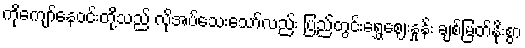
ကိုကျော်နေဝင်းတို့သည် လိုအပ်သေးသော်လည်း ပြည်တွင်းရွှေဈေးနှုန်း ချစ်မြတ်နိုးစွာ